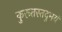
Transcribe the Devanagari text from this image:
कुरूतस्तदुभयं